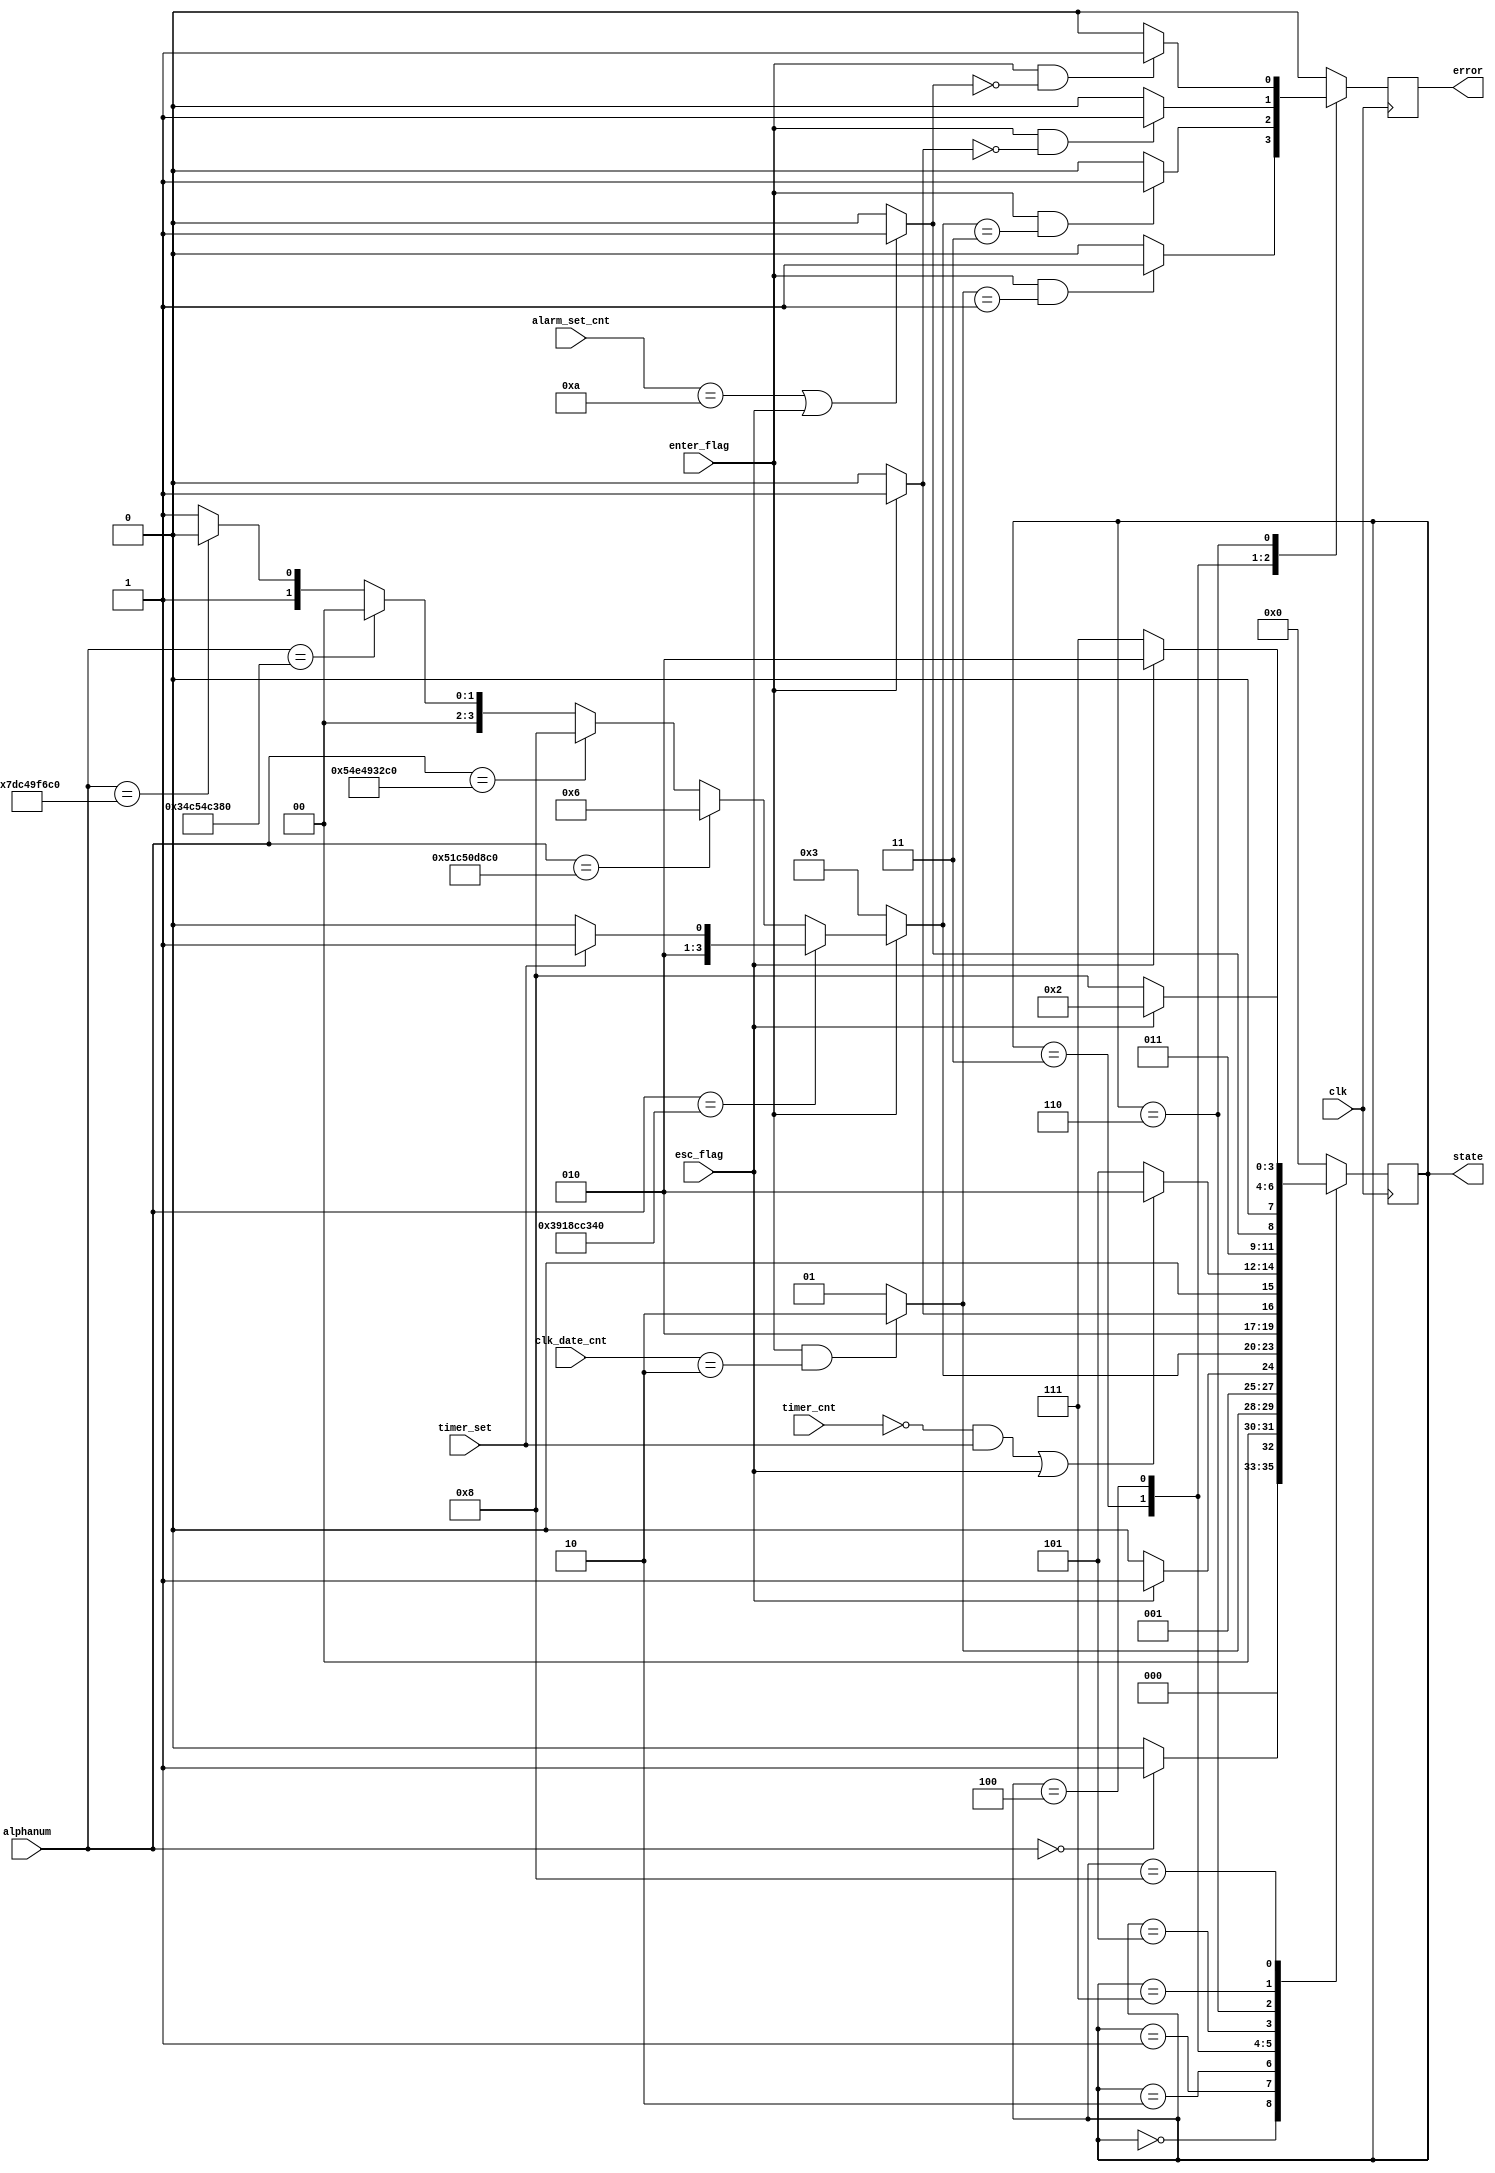
`define INITIAL 4'd0
`define CLOCK 4'd1
`define SHOW_CLOCK 4'd2
`define CHANGE_MODE 4'd3
`define TIMER 4'd4
`define SHOW_TIMER 4'd5
`define ALARM 4'd6
`define SHOW_ALARM 4'd7
`define SHOW_STOPWATCH 4'd8

module keyboard_mode(
    input clk,
    input enter_flag,
    input esc_flag,
    input timer_set,
    input [1:0] clk_date_cnt,
    input [3:0] alarm_set_cnt,
    input [35:0] alphanum,
    input [35:0] timer_cnt,
    output reg [3:0] state,
    output reg error
    );     
	
    reg [3:0] next_state;
    reg next_error;
	
	always @(posedge clk) begin
	   state <= next_state;
	   error <= next_error;
	end
	
	always @* begin
        case(state)
            `INITIAL: begin
                next_state = (alphanum == 0) ? `CLOCK : `INITIAL;
                next_error = 0;
            end
            `CLOCK: begin
                next_state = (enter_flag && clk_date_cnt == 2) ? `SHOW_CLOCK : `CLOCK;
                next_error = (enter_flag && next_state == `CLOCK) ? 1 : 0;
            end
            `SHOW_CLOCK: begin
                next_state = (esc_flag) ? `CHANGE_MODE : `SHOW_CLOCK;
                next_error = 0;
            end
            `CHANGE_MODE: begin
                next_state = (!enter_flag) ? `CHANGE_MODE : (alphanum == {6'd14, 6'd17, 6'd35, 6'd12, 6'd13, 6'd0}) 
                                           ? ((timer_set) ? `SHOW_TIMER : `TIMER) : (alphanum == {6'd20, 6'd28, 6'd20, 6'd13, 6'd35, 6'd0}) 
                                           ? `ALARM : (alphanum == {6'd21, 6'd14, 6'd18, 6'd19, 6'd11, 6'd0}) 
                                           ? `SHOW_STOPWATCH : (alphanum == {6'd13, 6'd12, 6'd21, 6'd12, 6'd14, 6'd0}) 
                                           ? `INITIAL : (alphanum == {6'd31, 6'd28, 6'd18, 6'd31, 6'd27, 6'd0})
                                           ? `SHOW_CLOCK : `CHANGE_MODE;
                next_error = (enter_flag && next_state == `CHANGE_MODE) ? 1 : 0;                                            
            end
            `TIMER: begin
                next_state = (enter_flag) ? `SHOW_TIMER : `TIMER;
                next_error = (enter_flag && next_state == `TIMER) ? 1 : 0;
            end
            `SHOW_TIMER: begin
                next_state = ((timer_cnt == 0 && timer_set) || esc_flag) ? `SHOW_CLOCK : `SHOW_TIMER;
                next_error = 0;
            end
            `ALARM: begin
                next_state = (alarm_set_cnt == 10 || esc_flag) ? `SHOW_ALARM : `ALARM;
                next_error = (enter_flag && next_state == `ALARM) ? 1 : 0;
            end
            `SHOW_ALARM: begin
                next_state = (esc_flag) ? `SHOW_CLOCK : `SHOW_ALARM;
                next_error = 0;
            end
            `SHOW_STOPWATCH: begin
                next_state = (esc_flag) ? `SHOW_CLOCK : `SHOW_STOPWATCH;          
                next_error = 0;  
            end            
            default: begin
                next_state = `INITIAL;
                next_error = 0;
            end
        endcase	   
	end 
	  
endmodule